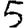
Digit: 5